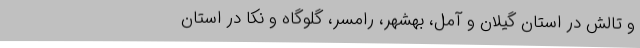
و تالش در استان گیلان و آمل، بهشهر، رامسر، گلوگاه و نکا در استان